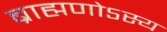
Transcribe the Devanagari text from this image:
ब्राह्मणोऽस्य